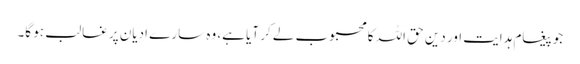
جو پیغام ہدایت اور دین حق اللہ کا محبوب لے کر آیا ہے، وہ سارے ادیان پر غالب ہو گا۔